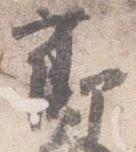
節